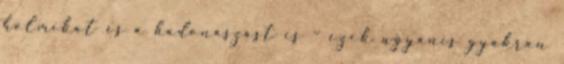
holmikat és a hadonászást is – ezek ugyanis gyakran